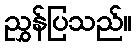
ညွှန်ပြသည်။